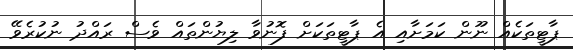
ޕާޓީތަކެއް ނޫން ކަމަށާއި އެ ޕާޓީތަކަށް ފޮނުވާ ލިޔުންތައް ވެސް ރައްދު ނުކުރެވޭ